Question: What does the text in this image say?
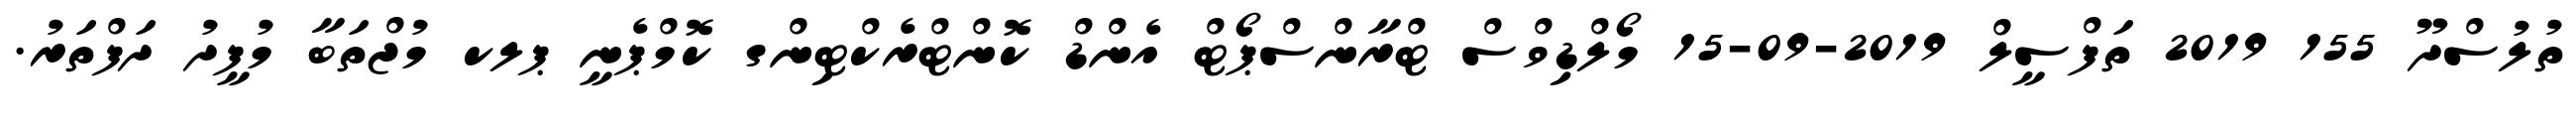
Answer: ތުލުސްދޫ 155 2019 ތަފްސީލް 2019-09-15 މޯލްޑިވްސް ޓްރާންސްޕޯޓް އެންޑް ކޮންޓްރެކްޓިންގ ކޮމްޕެނީ ޕލކ މުޖްތަބާ މުފީދު ދަފްތަރު.